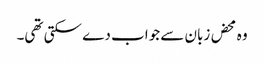
وہ محض زبان سے جواب دے سکتی تھی۔